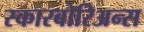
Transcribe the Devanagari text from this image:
स्कारबोरिअन्स